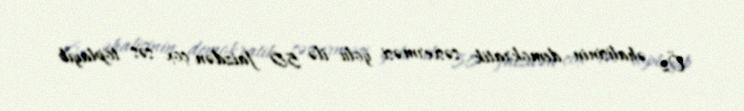
Öz əhalisinin demokratik səsverməsi yolu ilə 50 faizdən çox səs toplayıb